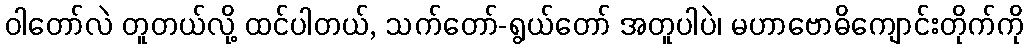
ဝါတော်လဲ တူတယ်လို့ ထင်ပါတယ်, သက်တော်-ရွယ်တော် အတူပါပဲ၊ မဟာဗောဓိကျောင်းတိုက်ကို